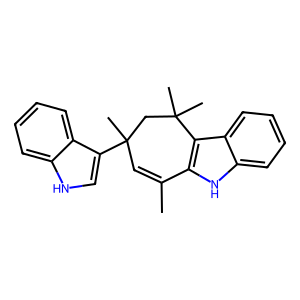
SMILES: CC1=CC(C)(c2c[nH]c3ccccc23)CC(C)(C)c2c1[nH]c1ccccc21
Inhibits HIV replication: No